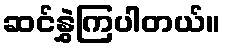
ဆင်နွှဲကြပါတယ်။